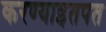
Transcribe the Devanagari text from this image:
करण्याइतपत